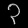
Digit: ၃